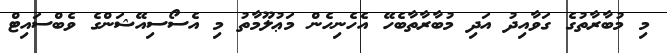
މި މުބާރާތުގެ ގަވާއިދު އަދި މުބާރާތާބެހޭ އެހެނިހެން މަޢުލޫމާތު މި އެސޯސިއޭޝަންގެ ވެބްސައިޓް